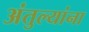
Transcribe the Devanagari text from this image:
अंतुल्यांना